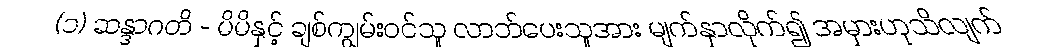
(၁) ဆန္ဒာဂတိ - မိမိနှင့် ချစ်ကျွမ်းဝင်သူ လာဘ်ပေးသူအား မျက်နှာလိုက်၍ အမှားဟုသိလျက်